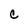
Character: C